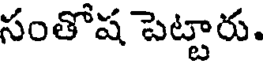
సంతోష పెట్టారు.